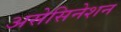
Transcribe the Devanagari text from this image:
असेसिनेशन